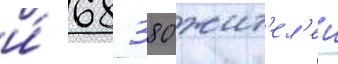
и́ 68 380 жит'ел'еи